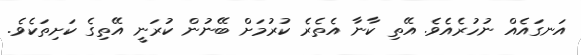
އަނގައެއް ނުހުރެއެވެ. އޭތި ކާނާ އެތެރެ ކުރުމަށް ބޭނުން ކުރަނީ އޭތިގެ ކަށިތަކެވެ.